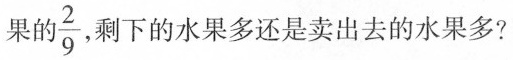
果的\frac{2}{9} ， 剩下的水果多还是卖出去的水果多?